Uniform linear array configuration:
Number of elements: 32
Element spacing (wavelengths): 0.75
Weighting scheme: binomial
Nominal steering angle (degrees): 15
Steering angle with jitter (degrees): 15.974
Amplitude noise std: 0.05
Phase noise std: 0.05

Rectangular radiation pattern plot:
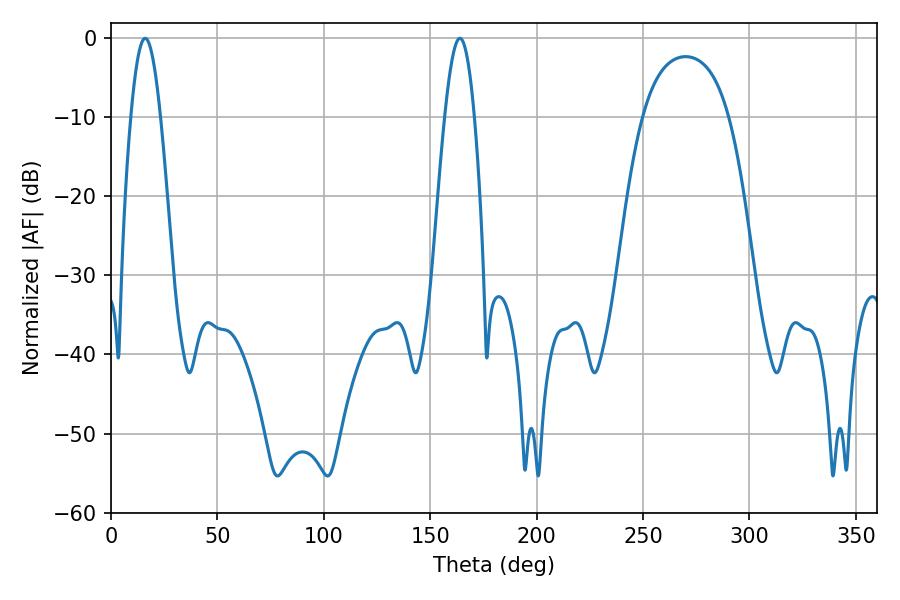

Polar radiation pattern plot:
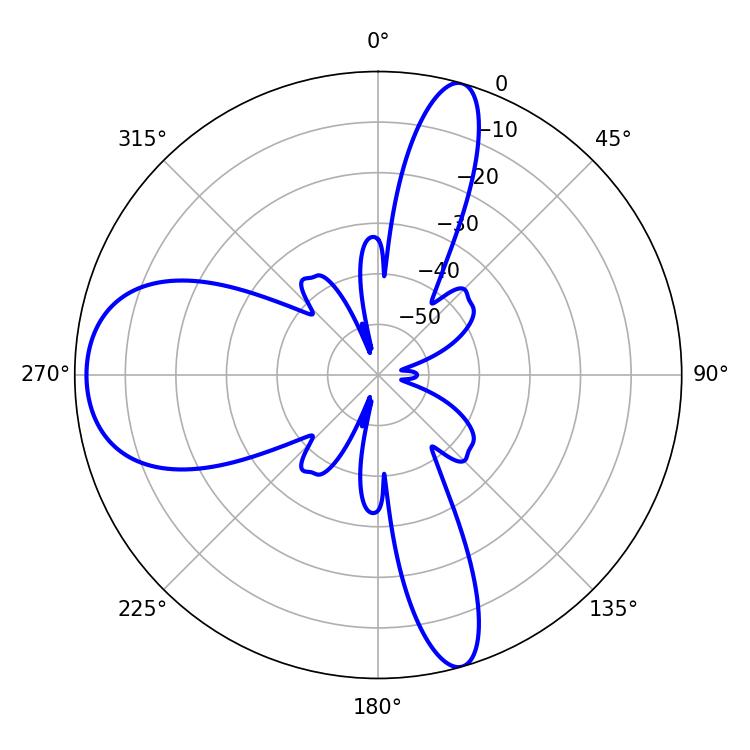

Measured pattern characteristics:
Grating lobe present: TRUE
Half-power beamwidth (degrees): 7.38
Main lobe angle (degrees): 16.02